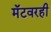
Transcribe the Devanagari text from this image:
मॅटवरही